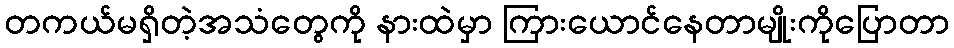
တကယ်မရှိတဲ့အသံတွေကို နားထဲမှာ ကြားယောင်နေတာမျိုးကိုပြောတာ